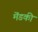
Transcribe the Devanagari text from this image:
मॆंडकी